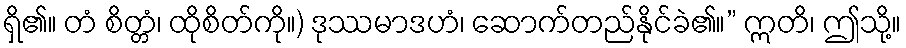
ရှိ၏။ တံ စိတ္တံ၊ ထိုစိတ်ကို။) ဒုဿမာဒဟံ၊ ဆောက်တည်နိုင်ခဲ၏။” ဣတိ၊ ဤသို့။